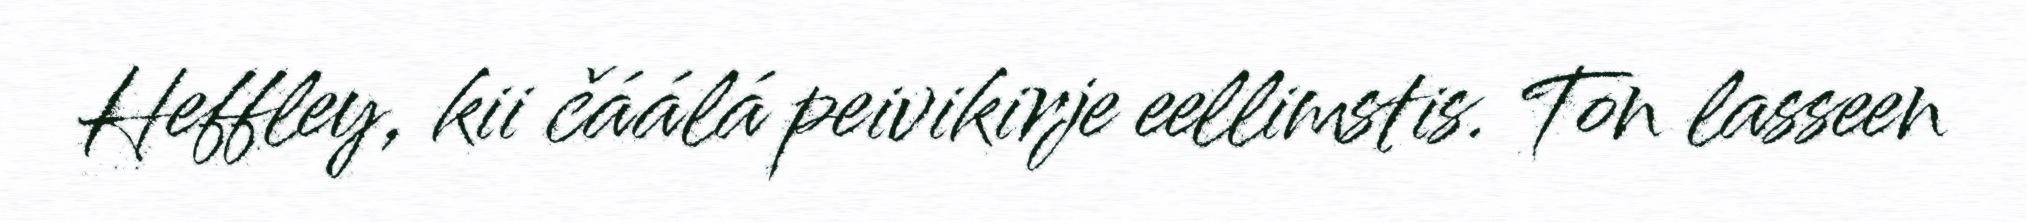
Heffley, kii čáálá peivikirje eellimstis. Ton lasseen